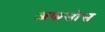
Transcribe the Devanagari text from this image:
अ़फसोस